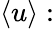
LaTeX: \langle u\rangle: